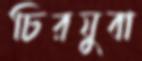
চিরযুবা